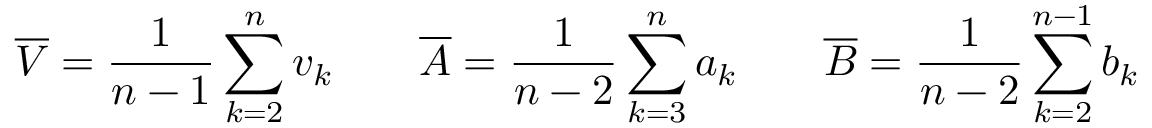
\overline { { V } } = \frac { 1 } { n - 1 } \sum _ { k = 2 } ^ { n } { v } _ { k } \qquad \overline { { A } } = \frac { 1 } { n - 2 } \sum _ { k = 3 } ^ { n } { a } _ { k } \qquad \overline { { B } } = \frac { 1 } { n - 2 } \sum _ { k = 2 } ^ { n - 1 } { b } _ { k }